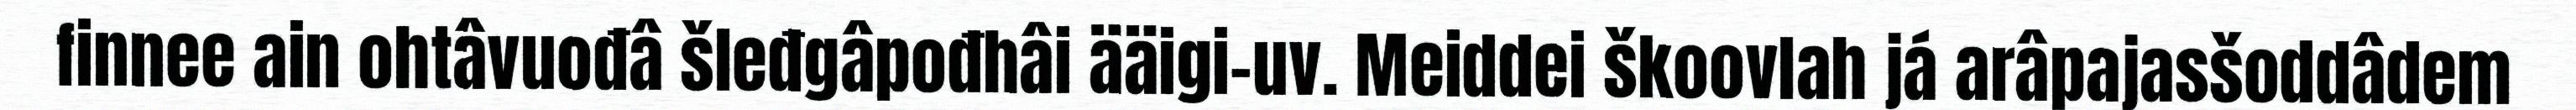
finnee ain ohtâvuođâ šleđgâpođhâi ääigi-uv. Meiddei škoovlah já arâpajasšoddâdem